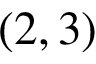
( 2 , 3 )